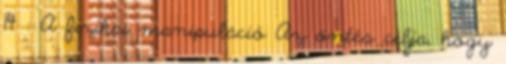
14 : A fizikai manipuláció Az öntés célja, hogy